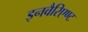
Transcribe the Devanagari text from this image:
इनवैरिएण्ट